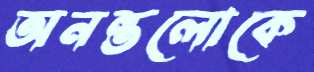
অনন্তলোকে